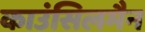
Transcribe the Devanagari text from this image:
काउंसिलमैन